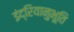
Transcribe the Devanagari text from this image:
इंद्रियानुभूति